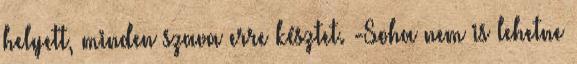
helyett, minden szava erre késztet. -Soha nem is lehetne